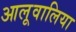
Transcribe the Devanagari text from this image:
आलूवालिया